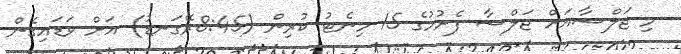
މި ޖަލްސާއަށް ޖަލްސާ ފެށުމުގެ 15 މިނެޓު ކުރިން (8:45ރޭގަނޑު) އަށް ވަޑައިގެން